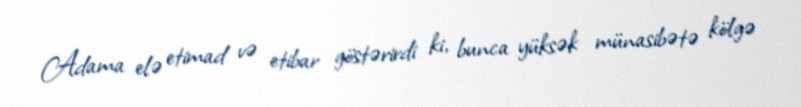
Adama elə etimad və etibar göstərirdi ki, bunca yüksək münasibətə kölgə